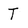
Character: T